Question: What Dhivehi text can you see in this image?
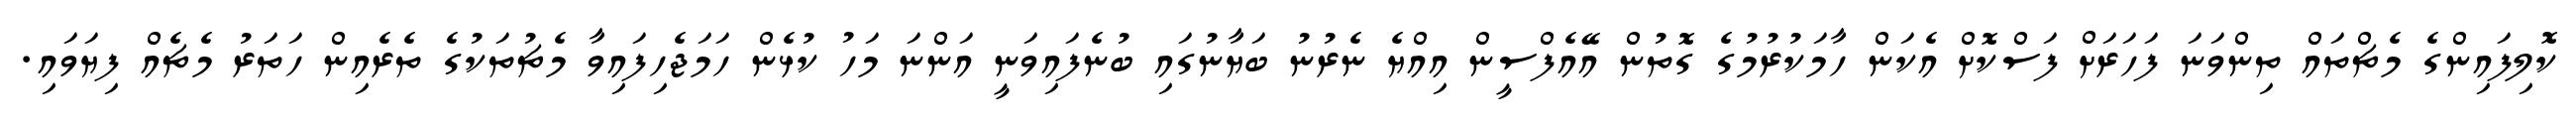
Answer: ކޮލިފައިންގެ މެޗްތައް ތިންވަނަ ފަހަރަށް ފަސްކޮށް އެކަން ހާމަކުރުމުގެ ގޮތުން އޭއެފްސީން އިއްޔެ ނެރުނު ބަޔާނުގައި ބުނެފައިވަނީ އަންނަ މަހު ކުޅެން ހަމަޖެހިފައިވާ މެޗުތަކުގެ ތެރެއިން ހަތަރު މެޗެއް ފިޔަވައި.